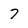
Character: 7